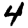
Digit: 4